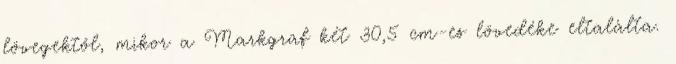
lövegektől, mikor a Markgraf két 30,5 cm-es lövedéke eltalálta.